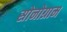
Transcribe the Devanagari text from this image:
सोनोग्राम